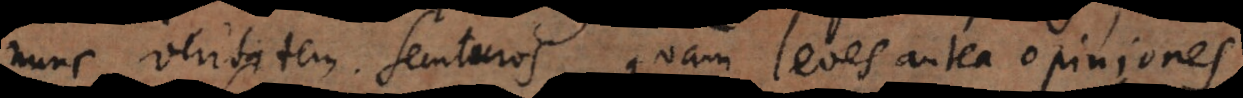
veritatem secuturos, quam leves antea opiniones